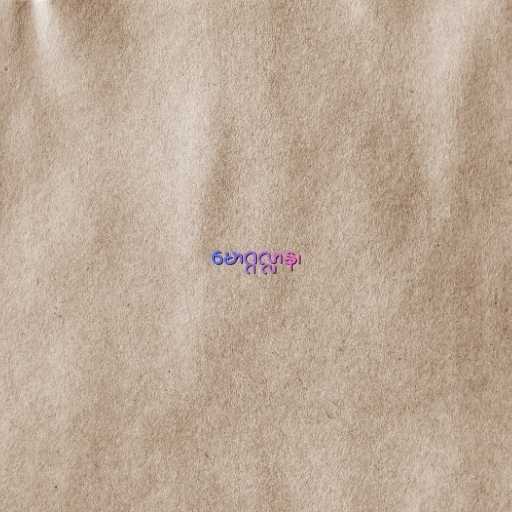
မောဂ္ဂလ္လာန၊